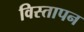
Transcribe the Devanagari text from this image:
विस्तापन